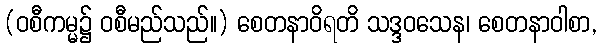
(ဝစီကမ္မ၌ ဝစီမည်သည်။) စေတနာဝိရတိ သဒ္ဒဝသေန၊ စေတနာဝါစာ,